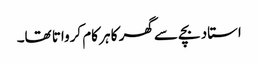
استاد بچے سے گھر کا ہر کام کرواتا تھا۔